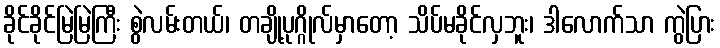
ခိုင်ခိုင်မြဲမြဲကြီး စွဲလမ်းတယ်၊ တချို့ပုဂ္ဂိုလ်မှာတော့ သိပ်မခိုင်လှဘူး၊ ဒါလောက်သာ ကွဲပြား